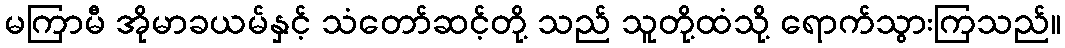
မကြာမီ အိုမာခယမ်နှင့် သံတော်ဆင့်တို့ သည် သူတို့ထံသို့ ရောက်သွားကြသည်။